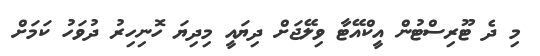
މި ދެ ޓޫރިސްޓުން އީކްއޭޓާ ވިލޭޖަށް ދިޔައީ މިދިޔަ ހޮނިހިރު ދުވަހު ކަމަށް